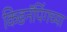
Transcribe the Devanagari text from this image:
किडनॅपिंगच्या